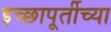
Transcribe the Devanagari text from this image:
इच्छापूर्तीच्या